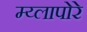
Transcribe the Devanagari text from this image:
म्य्लापोरे